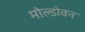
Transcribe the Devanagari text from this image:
मोल्डोवन